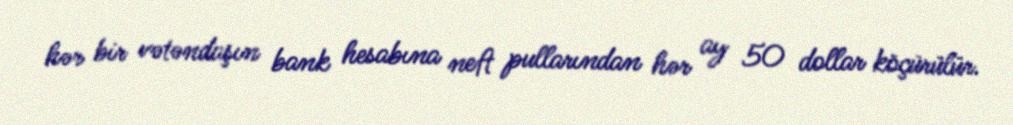
hər bir vətəndaşın bank hesabına neft pullarından hər ay 50 dollar köçürülür.